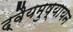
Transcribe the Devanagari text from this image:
द्वैयमुष्यायन